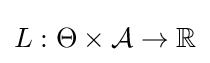
L:\Theta \times {\mathcal {A}}\rightarrow \mathbb {R}